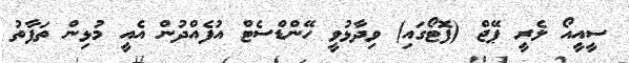
ސީއީއޯ ލެރީ ޕޭޖް (ފޮޓޯގައި) ވިދާޅުވީ ހޭންޑްސެޓް އުފެއްދުން އެއީ މުޅިން ތަފާތު